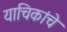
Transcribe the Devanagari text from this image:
याचिकांचे